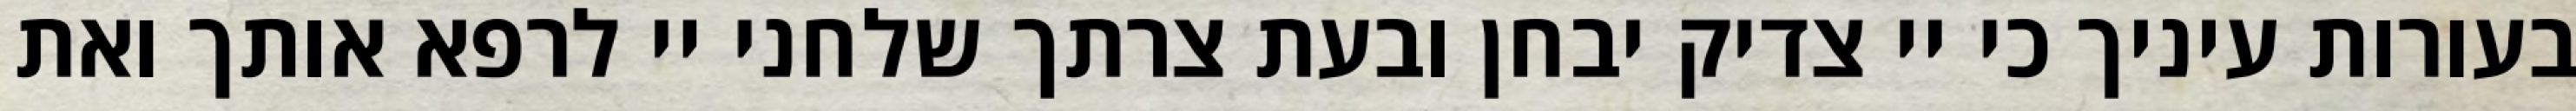
בעורות עיניך כי יי צדיק יבחן ובעת צרתך שלחני יי לרפא אותך ואת